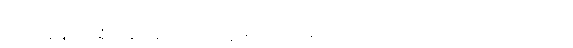
မျက်စိအမြင်အာရုံ ထိခိုက်ခဲ့သောကြောင့် မျက်ကြည်လွှာ အတုတပ်ထားရတာကလည်း သိသာသည်။